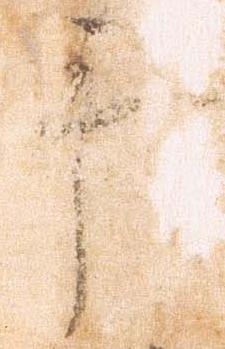
手